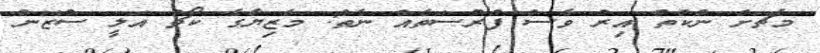
މެޗަށް ނުކުތް އިރު ވެސް ފުރުސަތެއް ނެތް: މާޒިޔާގެ ކޯޗު އަލީ ސުޒޭން